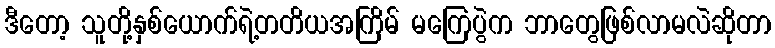
ဒီတော့ သူတို့နှစ်ယောက်ရဲ့တတိယအကြိမ် မကြေပွဲက ဘာတွေဖြစ်လာမလဲဆိုတာ